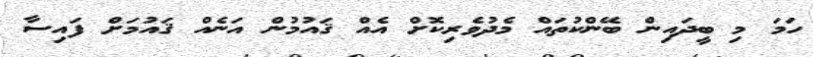
ހަމަ މި ބީދައިން ބޭންކުތައް މެދުވެރިކޮށް އެއް ޤައުމުން އަނެއް ޤައުމަށް ފައިސާ